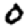
Digit: 0